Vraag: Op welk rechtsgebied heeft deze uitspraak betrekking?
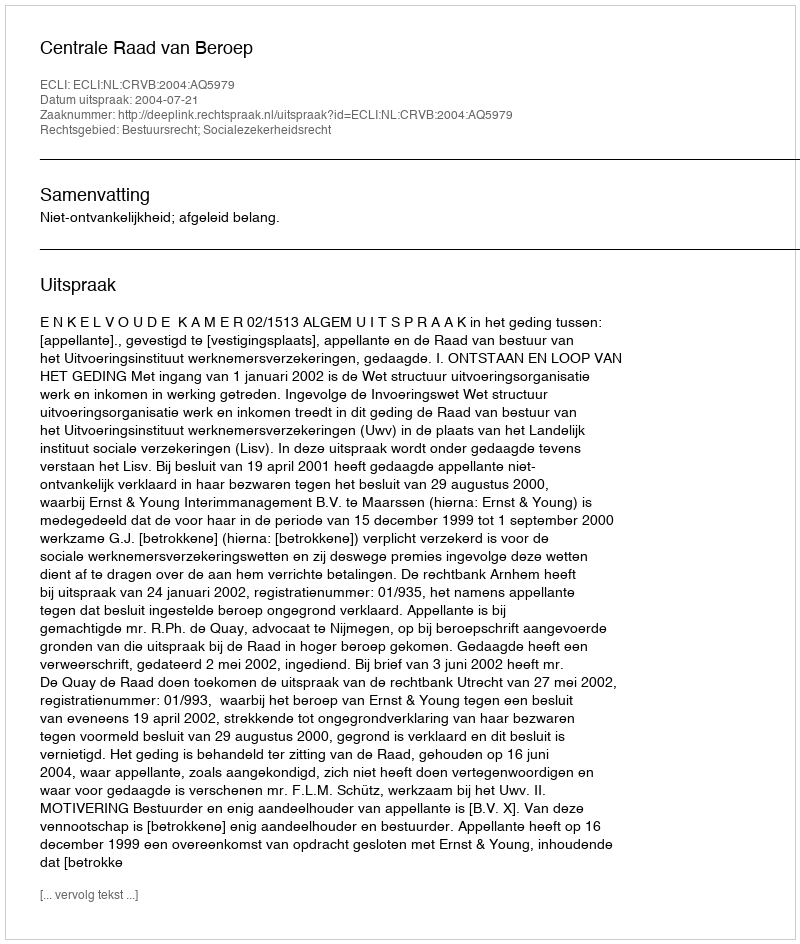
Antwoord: Bestuursrecht; Socialezekerheidsrecht